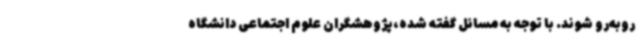
روبه‌رو شوند. با توجه به مسائل گفته شده،پژوهشگران علوم اجتماعی دانشگاه